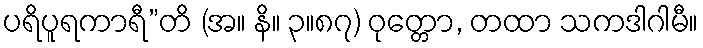
ပရိပူရကာရီ”တိ (အ။ နိ။ ၃။၈၇) ဝုတ္တော, တထာ သကဒါဂါမီ။